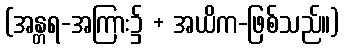
(အန္တရ-အကြား၌ + အယိက-ဖြစ်သည်။)